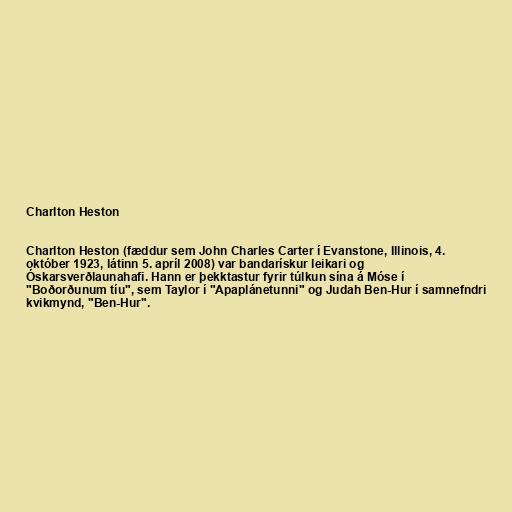
Charlton Heston

Charlton Heston (fæddur sem John Charles Carter í Evanstone, Illinois, 4.
október 1923, látinn 5. apríl 2008) var bandarískur leikari og
Óskarsverðlaunahafi. Hann er þekktastur fyrir túlkun sína á Móse í
"Boðorðunum tíu", sem Taylor í "Apaplánetunni" og Judah Ben-Hur í samnefndri
kvikmynd, "Ben-Hur".